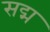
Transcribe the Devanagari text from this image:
सद्म